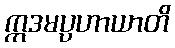
ဣဒမပ္ပဟာယာတိ